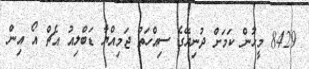
8429 މީހުން ކަމަށް ދުނިޔޭގެ ސިއްހަތު ޖަމިއްޔާ ޑަބްލިއު އެޗް އޯ އިން